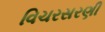
વિચરસરણી